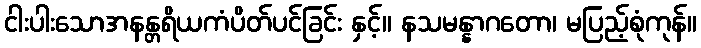
ငါးပါးသောအနန္တရိယကံပိတ်ပင်ခြင်း နှင့်။ နသမန္နာဂတော၊ မပြည့်စုံကုန်။